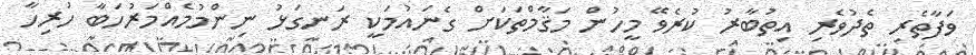
ވަފާތެރި ތެދުވެރި އިތުބާރު ކުރެވޭ މީހުން މަޤާމްތަކަށް ގެނައުމަކީ ރަނގަޅު ނިންމުމެއްމަރުހަބާ ހުރިހާ